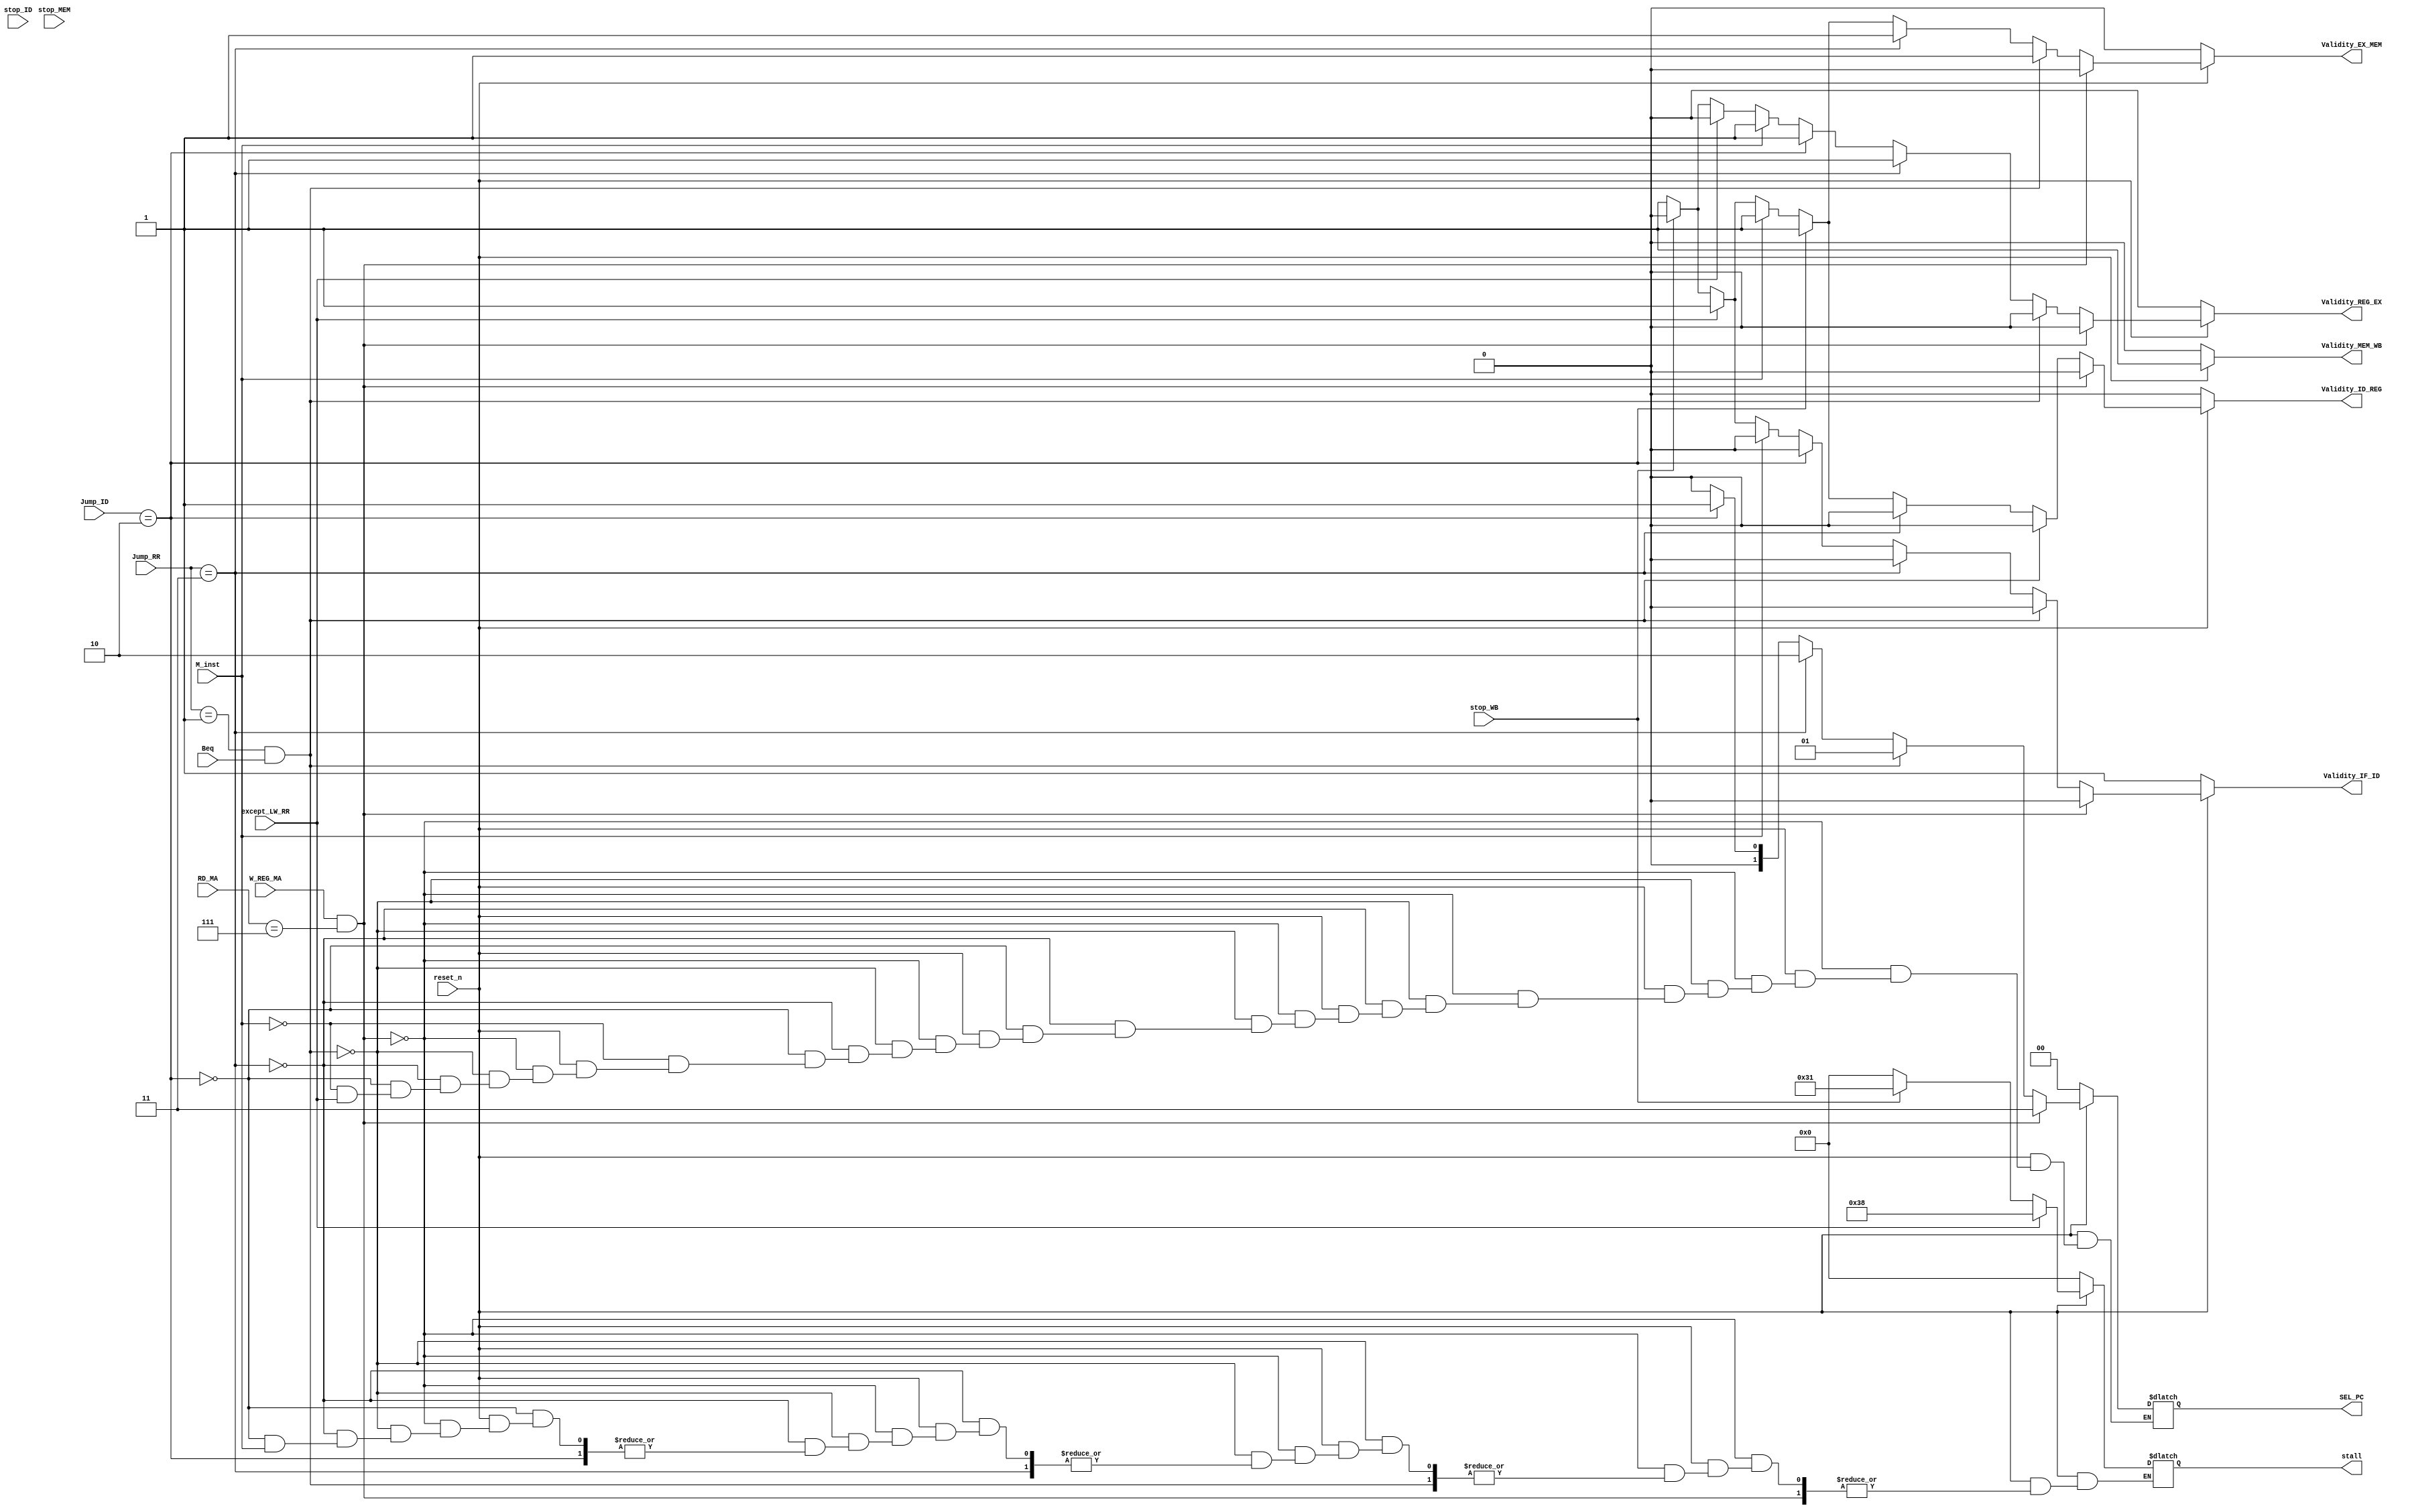
module HM (reset_n,M_inst,RD_MA,W_REG_MA,Jump_ID,Jump_RR,
			Beq,
			Validity_IF_ID,Validity_ID_REG,Validity_REG_EX,
			Validity_EX_MEM,Validity_MEM_WB,
			SEL_PC,stop_ID,stop_MEM,stop_WB,
			stall,except_LW_RR);
//ports
	input reset_n;
	input M_inst;
	input [2:0]RD_MA;
	input W_REG_MA;
	input [1:0]Jump_ID;
	input [1:0]Jump_RR;
	input Beq;
	input stop_ID;
	input stop_MEM;
	input stop_WB;
	
	input except_LW_RR;
	
	output reg Validity_IF_ID;
	output reg Validity_ID_REG;
	output reg Validity_REG_EX;
	output reg Validity_EX_MEM;
	output reg Validity_MEM_WB;
	output reg [1:0] SEL_PC;
	output reg [5:0]stall;
	//USed to debug once only
	reg [3:0] debug;
	
	always @ (*)
	begin
		//Reset_n
		if(reset_n==1'b0)
			begin	
			Validity_IF_ID=1'b1;
			Validity_ID_REG=1'b0;
			Validity_REG_EX=1'b0;
			Validity_EX_MEM=1'b0;
			Validity_MEM_WB=1'b0;
			SEL_PC=2'b00;
			debug=3'b000;
			stall=6'b000_000;
			end
		//Upadate over R7 Data
		else if (W_REG_MA==1'b1 && RD_MA==3'b111  )
			begin
			Validity_IF_ID=1'b0;
			Validity_ID_REG=1'b0;
			Validity_REG_EX=1'b0;
			Validity_EX_MEM=1'b0;
			Validity_MEM_WB=1'b1;
			SEL_PC=2'b11;
			debug=3'b001;
			end
		//BEQ check
		else if (Jump_RR==2'b01 && Beq==1'b1 )
			begin
			Validity_IF_ID=1'b0;
			Validity_ID_REG=1'b0;
			Validity_REG_EX=1'b0;
			Validity_EX_MEM=1'b1;
			Validity_MEM_WB=1'b1;
			SEL_PC=2'b01;	
			debug=3'b010;
			end
		//JLR
		else if (Jump_RR==2'b11 )
			begin
			Validity_IF_ID=1'b0;
			Validity_ID_REG=1'b0;
			Validity_REG_EX=1'b1;
			Validity_EX_MEM=1'b1;
			Validity_MEM_WB=1'b1;
			SEL_PC=2'b10;		
			debug=3'b011;
			end
		//JAL
		else if (Jump_ID==2'b10 )
			begin
			Validity_IF_ID=1'b0;
			Validity_ID_REG=1'b1;
			Validity_REG_EX=1'b1;
			Validity_EX_MEM=1'b1;
			Validity_MEM_WB=1'b1;
			SEL_PC=2'b01;	
			debug=3'b100;
			end
		//Multiple type instruction
		else if (M_inst==1'b1)
			begin
			Validity_IF_ID=1'b0;
			Validity_ID_REG=1'b1;
			Validity_REG_EX=1'b1;
			Validity_EX_MEM=1'b1;
			Validity_MEM_WB=1'b1;
			SEL_PC=2'b00;		
			debug=3'b101;
		end
		//5	PC
		//4	IF
		//3	ID
		//2	RR
		//1	EX
		//0	MM
		//-	WB
		
		else if (except_LW_RR==1'b1)
			begin
			Validity_IF_ID=1'b1;
			Validity_ID_REG=1'b1;
			Validity_REG_EX=1'b0;
			Validity_EX_MEM=1'b1;
			Validity_MEM_WB=1'b1;
			stall=6'b111_000;
			end
		//NONE condition
		else
			begin
			if(stop_WB!=1'b0)	
						begin
						Validity_IF_ID=1'b0;
						Validity_ID_REG=1'b0;
						Validity_REG_EX=1'b0;
						Validity_EX_MEM=1'b0;
						Validity_MEM_WB=1'b1;
						end
			else	
						begin
						Validity_IF_ID=1'b1;
						Validity_ID_REG=1'b1;
						Validity_REG_EX=1'b1;
						Validity_EX_MEM=1'b1;
						Validity_MEM_WB=1'b1;
						end
			SEL_PC=2'b00;
			debug=3'b110;
			if(stop_WB==1'b1) 	
				begin
				stall=6'b110_001;
				end
			else 		
				stall=6'b000_000;
			end
		
		
	end

endmodule